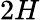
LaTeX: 2H